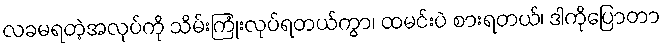
လခမရတဲ့အလုပ်ကို သိမ်းကြုံးလုပ်ရတယ်ကွာ၊ ထမင်းပဲ စားရတယ်၊ ဒါကိုပြောတာ